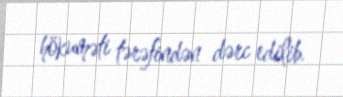
hökuməti tərəfindən dərc edilib.